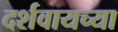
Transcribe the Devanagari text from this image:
दर्शवायच्या